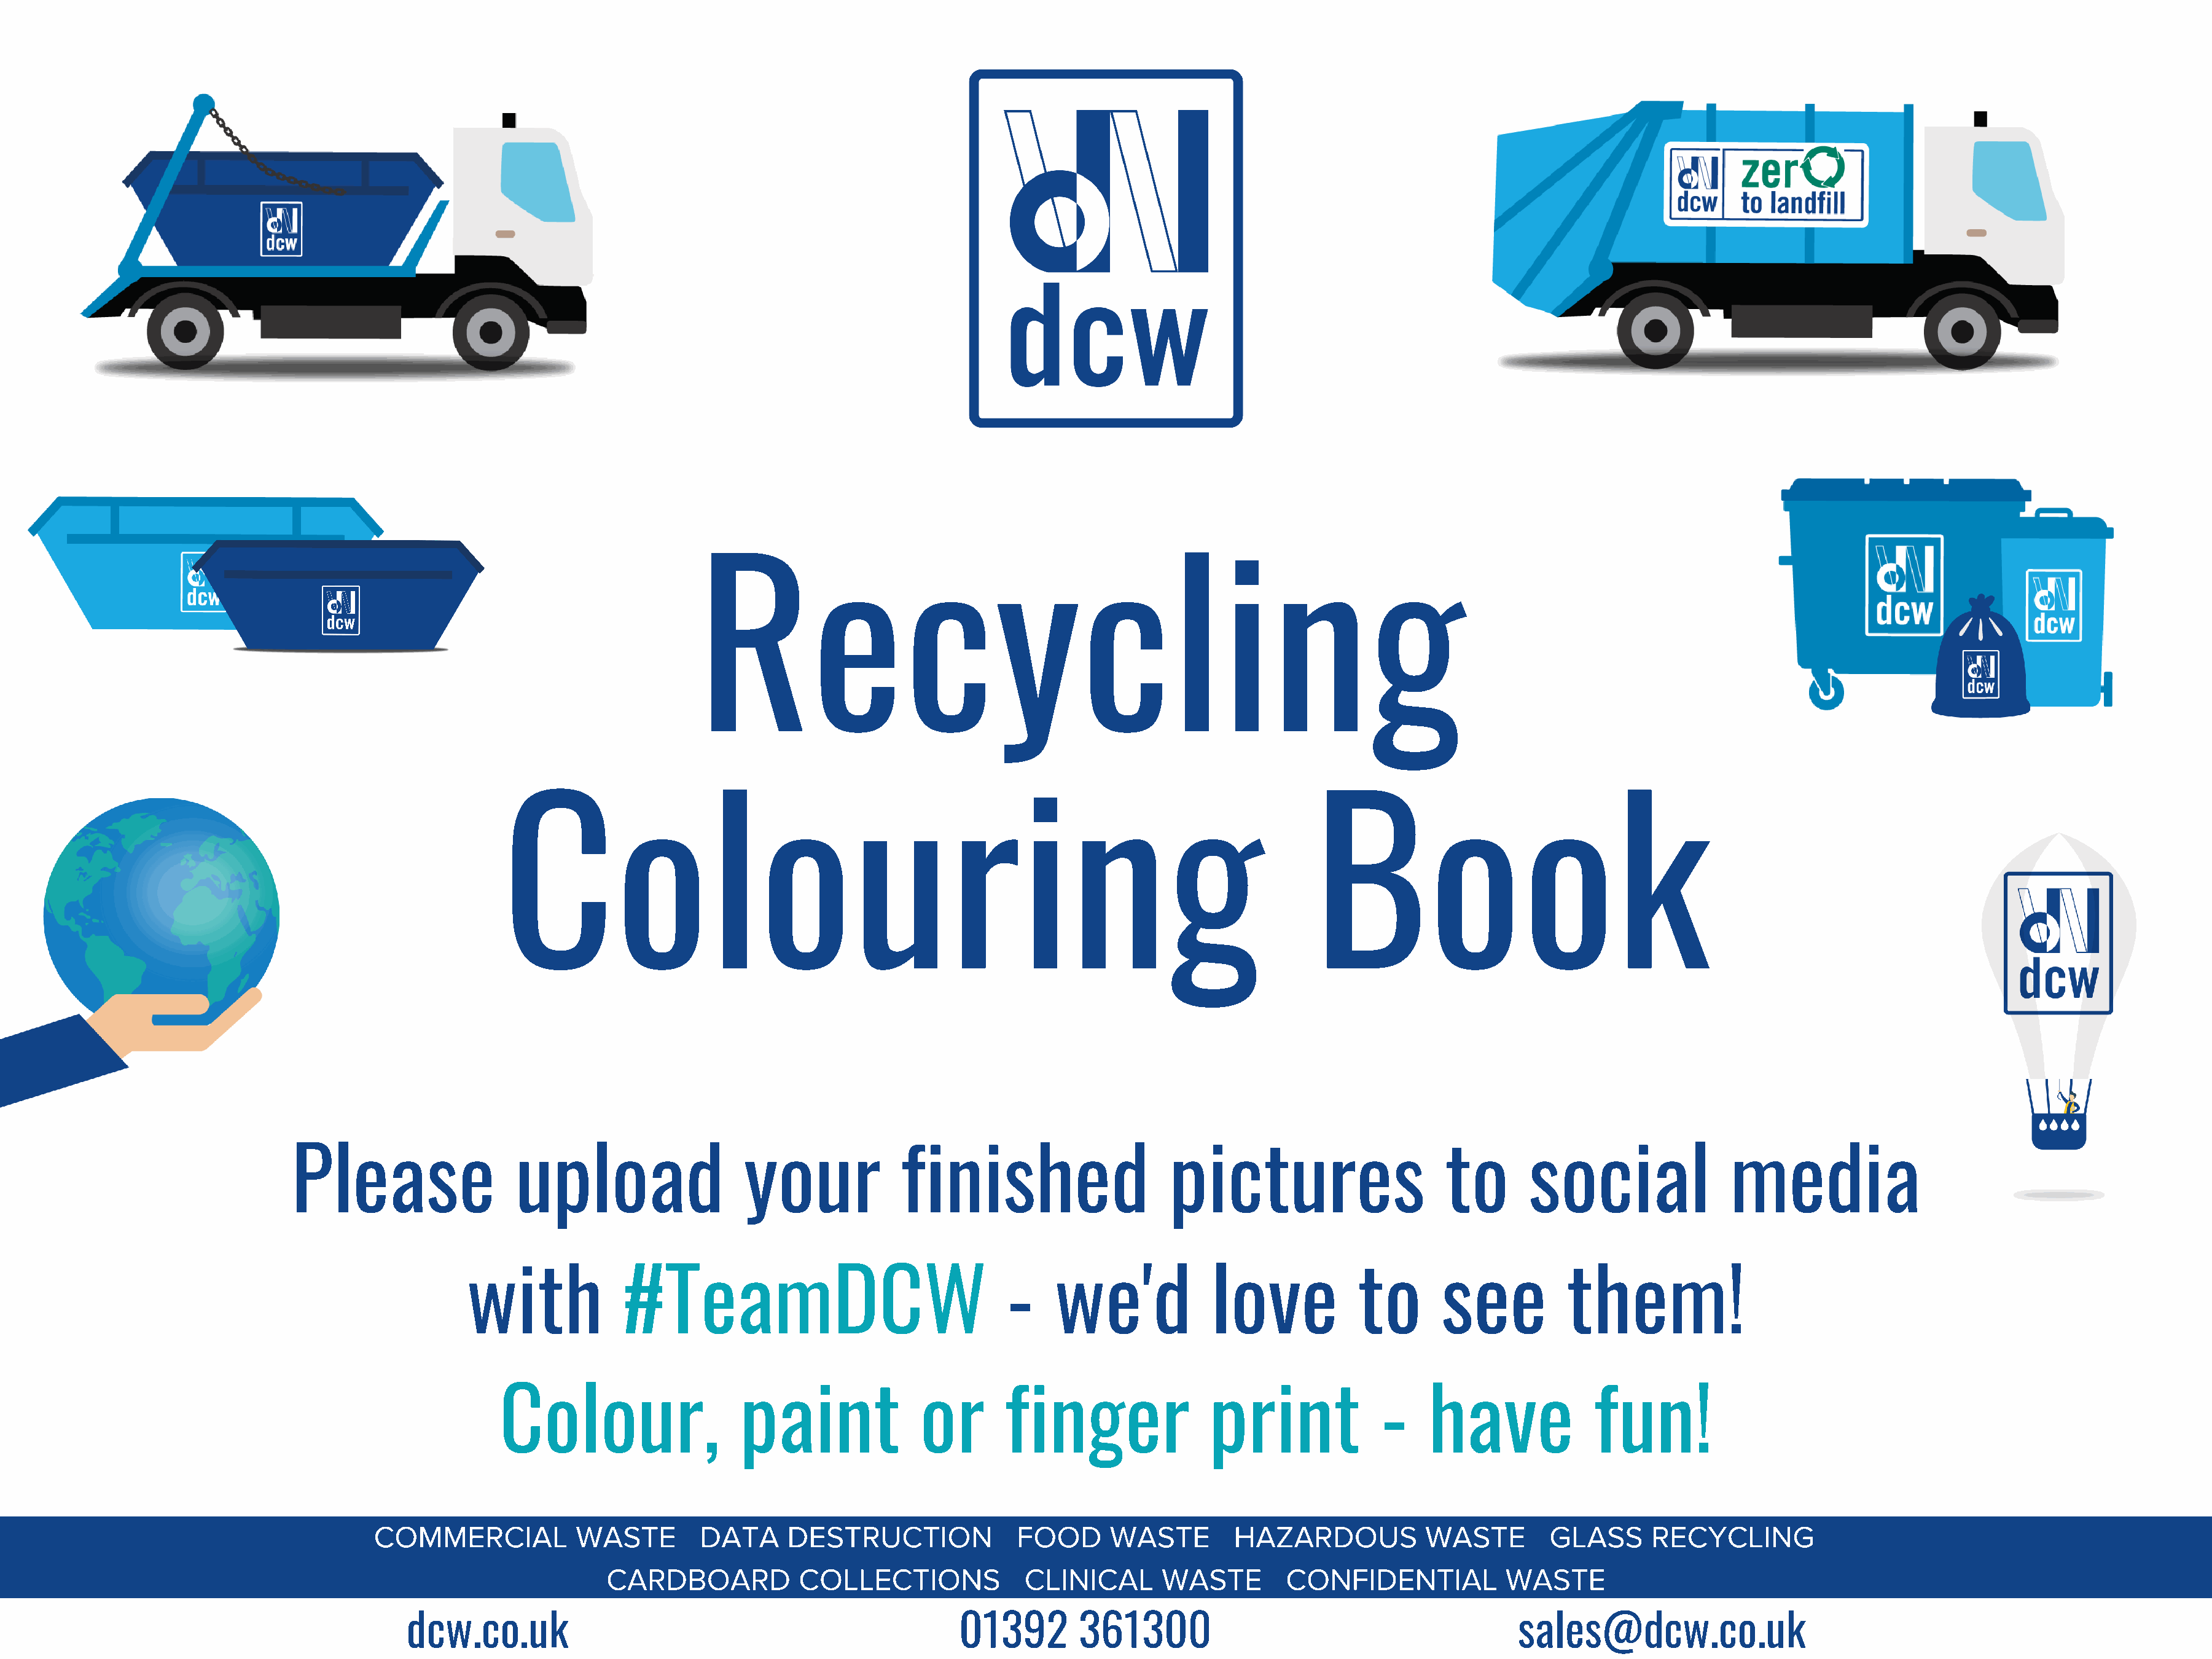
Recycling
 Colouring                                                                               Book
 Please                   upload                  your             finished                     pictures                      to       social               media
 with             #TeamDCW                                 -     we'd             love           to       see           them!
 Colour,                   paint              or       finger                print              -    have              fun!
 COMMERCIAL            WASTE        DATA      DESTRUCTION              FOOD      WASTE        HAZARDOUS            WASTE        GLASS      RECYCLING
 CARDBOARD            COLLECTIONS             CLINICAL       WASTE         CONFIDENTIAL           WASTE
 dcw.co.uk                                                  01392        361300                                          sales@dcw.co.uk